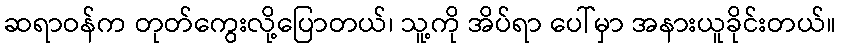
ဆရာဝန်က တုတ်ကွေးလို့ပြောတယ်၊ သူ့ကို အိပ်ရာ ပေါ်မှာ အနားယူခိုင်းတယ်။